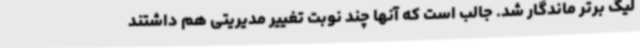
لیگ برتر ماندگار شد. جالب است که آنها چند نوبت تغییر مدیریتی هم داشتند